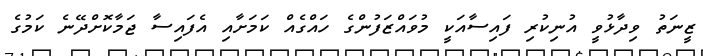
ޒީނަތު ވިދާޅުވީ އުނިކުރި ފައިސާއަކީ މުވައްޒަފުންގެ ހައްގެއް ކަމަށާއި އެފައިސާ ޖަމާކޮށްދޭނެ ކަމުގެ